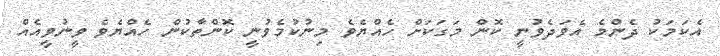
އެކަމަކު ދެންމެ އެވަދެވުނީ ކޮން މަގަކަށް ހެއްޔެވެ މިނުކުމެވުނީ ކޮންތާކުން ހެއްޔެވެ ވީނުވީއެއް